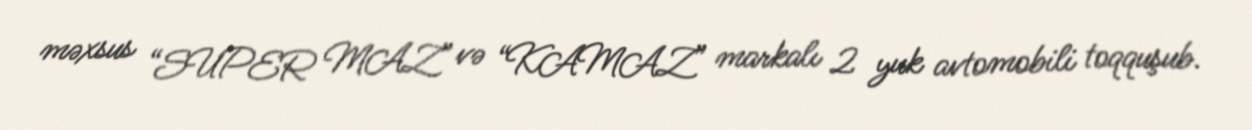
məxsus “SUPER MAZ” və “KAMAZ” markalı 2 yuk avtomobili toqquşub.